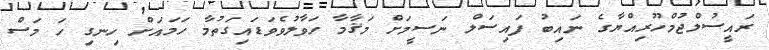
ރައީސުލްޖުމްހޫރިއްޔާގެ ނައިބު ފައިސަލް ނަސީމަށް މަޤާމާ ހަވާލުވެވަޑައިގަތުމާ ހަމައަށް ހިނގި ހަ މަސް